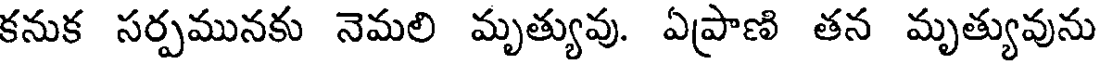
కనుక సర్పమునకు నెమలి మృత్యువు. ఏప్రాణి తన మృత్యువును